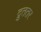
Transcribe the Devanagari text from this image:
द्रुततर